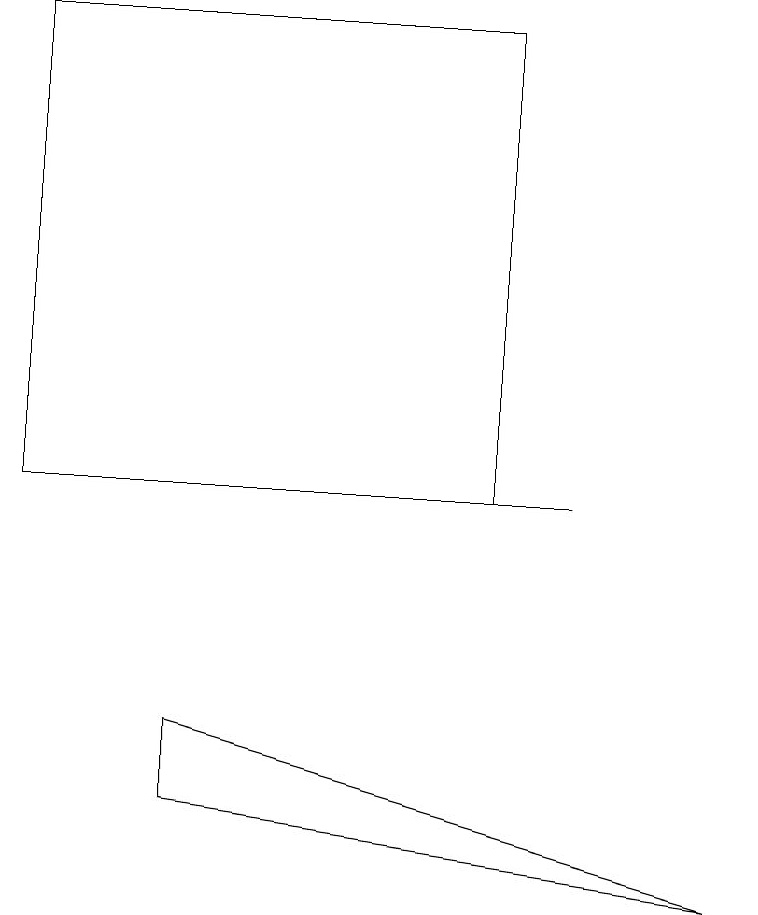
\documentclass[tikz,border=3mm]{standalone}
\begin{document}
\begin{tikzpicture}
\draw (7,12) rectangle (2,12);
\draw (2,9) -- (2,8) -- (9,7) -- cycle;
\draw (0,18) rectangle (6,12);
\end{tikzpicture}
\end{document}